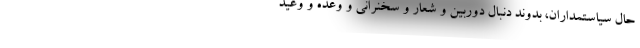
حال سیاستمداران، بدوند دنبال دوربین و شعار و سخنرانی و وعده و وعید